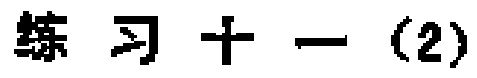
练习十一（2）